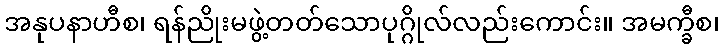
အနုပနာဟီစ၊ ရန်ညိုးမဖွဲ့တတ်သောပုဂ္ဂိုလ်လည်းကောင်း။ အမက္ခီစ၊